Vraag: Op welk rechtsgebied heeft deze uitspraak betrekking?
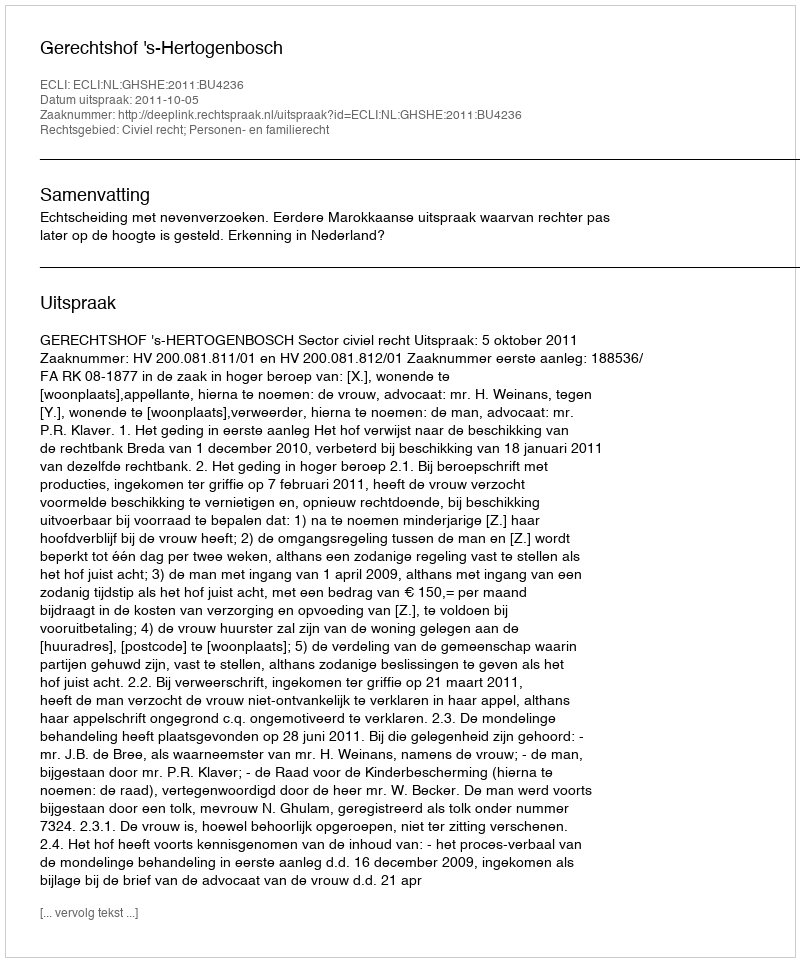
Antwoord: Civiel recht; Personen- en familierecht